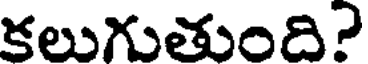
కలుగుతుంది?